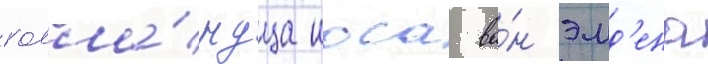
голла́ндца иоса ва́н эмд'ена